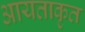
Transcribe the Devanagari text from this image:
आयताकृत